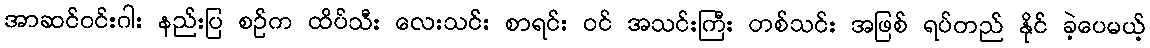
အာဆင်ဝင်းဂါး နည်းပြ စဉ်က ထိပ်သီး လေးသင်း စာရင်း ဝင် အသင်းကြီး တစ်သင်း အဖြစ် ရပ်တည် နိုင် ခဲ့ပေမယ့်